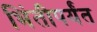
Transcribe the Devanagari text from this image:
भिंतीपर्यंत